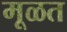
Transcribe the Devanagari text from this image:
मूळत